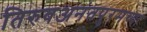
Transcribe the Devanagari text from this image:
तिरुवअनंतपुरमच्या